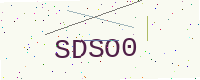
Text: SDSO0